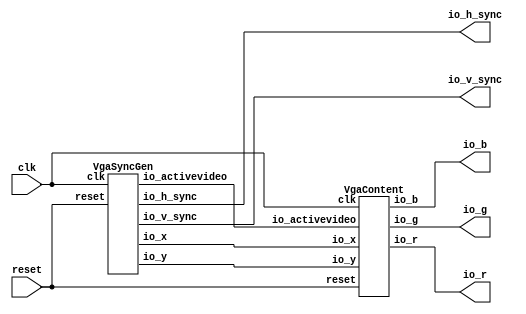
// Generator : SpinalHDL v1.8.0    git head : 4e3563a282582b41f4eaafc503787757251d23ea
// Component : VgaPong
// Git hash  : e4ddad72047e46e39b73fd08bcd7b9421227b2d5

`timescale 1ns/1ps

module VgaPong (
  output              io_h_sync,
  output              io_v_sync,
  output              io_r,
  output              io_g,
  output              io_b,
  input               clk,
  input               reset
);

  wire                vga_sync_gen_io_h_sync;
  wire                vga_sync_gen_io_v_sync;
  wire                vga_sync_gen_io_activevideo;
  wire       [9:0]    vga_sync_gen_io_x;
  wire       [9:0]    vga_sync_gen_io_y;
  wire                vga_content_io_r;
  wire                vga_content_io_g;
  wire                vga_content_io_b;

  VgaSyncGen vga_sync_gen (
    .io_h_sync      (vga_sync_gen_io_h_sync     ), //o
    .io_v_sync      (vga_sync_gen_io_v_sync     ), //o
    .io_activevideo (vga_sync_gen_io_activevideo), //o
    .io_x           (vga_sync_gen_io_x[9:0]     ), //o
    .io_y           (vga_sync_gen_io_y[9:0]     ), //o
    .clk            (clk                        ), //i
    .reset          (reset                      )  //i
  );
  VgaContent vga_content (
    .io_x           (vga_sync_gen_io_x[9:0]     ), //i
    .io_y           (vga_sync_gen_io_y[9:0]     ), //i
    .io_activevideo (vga_sync_gen_io_activevideo), //i
    .io_r           (vga_content_io_r           ), //o
    .io_g           (vga_content_io_g           ), //o
    .io_b           (vga_content_io_b           ), //o
    .clk            (clk                        ), //i
    .reset          (reset                      )  //i
  );
  assign io_h_sync = vga_sync_gen_io_h_sync; // @[VgaPong.scala 20:15]
  assign io_v_sync = vga_sync_gen_io_v_sync; // @[VgaPong.scala 21:15]
  assign io_r = vga_content_io_r; // @[VgaPong.scala 27:10]
  assign io_g = vga_content_io_g; // @[VgaPong.scala 28:10]
  assign io_b = vga_content_io_b; // @[VgaPong.scala 29:10]

endmodule

module VgaContent (
  input      [9:0]    io_x,
  input      [9:0]    io_y,
  input               io_activevideo,
  output reg          io_r,
  output reg          io_g,
  output reg          io_b,
  input               clk,
  input               reset
);

  wire       [5:0]    clock_counters_io_seconds;
  wire       [5:0]    clock_counters_io_minutes;
  wire       [3:0]    clock_counters_io_hours;
  wire                _zz_when_VgaContent_l33;
  wire       [9:0]    _zz_when_VgaContent_l33_1;
  wire       [9:0]    _zz_when_VgaContent_l33_2;
  wire                _zz_when_VgaContent_l33_3;
  wire       [9:0]    _zz_when_VgaContent_l33_4;
  wire       [9:0]    _zz_when_VgaContent_l39;
  wire       [8:0]    _zz_when_VgaContent_l39_1;
  wire       [8:0]    _zz_when_VgaContent_l39_2;
  wire       [9:0]    _zz_when_VgaContent_l45;
  wire       [8:0]    _zz_when_VgaContent_l45_1;
  wire       [8:0]    _zz_when_VgaContent_l45_2;
  wire       [9:0]    _zz_when_VgaContent_l51;
  wire       [8:0]    _zz_when_VgaContent_l51_1;
  wire       [8:0]    _zz_when_VgaContent_l51_2;
  wire                when_VgaContent_l22;
  wire                when_VgaContent_l33;
  wire                when_VgaContent_l39;
  wire                when_VgaContent_l45;
  wire                when_VgaContent_l51;

  assign _zz_when_VgaContent_l39_1 = (9'h1a4 - _zz_when_VgaContent_l39_2);
  assign _zz_when_VgaContent_l39 = {1'd0, _zz_when_VgaContent_l39_1};
  assign _zz_when_VgaContent_l39_2 = (clock_counters_io_seconds * 3'b110);
  assign _zz_when_VgaContent_l45_1 = (9'h1a4 - _zz_when_VgaContent_l45_2);
  assign _zz_when_VgaContent_l45 = {1'd0, _zz_when_VgaContent_l45_1};
  assign _zz_when_VgaContent_l45_2 = (clock_counters_io_minutes * 3'b110);
  assign _zz_when_VgaContent_l51_1 = (9'h1a4 - _zz_when_VgaContent_l51_2);
  assign _zz_when_VgaContent_l51 = {1'd0, _zz_when_VgaContent_l51_1};
  assign _zz_when_VgaContent_l51_2 = (clock_counters_io_hours * 5'h1e);
  assign _zz_when_VgaContent_l33 = (((((((((((io_y == _zz_when_VgaContent_l33_1) || (io_y == _zz_when_VgaContent_l33_2)) || (io_y == 10'h05a)) || (io_y == 10'h078)) || (io_y == 10'h096)) || (io_y == 10'h097)) || (io_y == 10'h0b4)) || (io_y == 10'h0d2)) || (io_y == 10'h0f0)) || (io_y == 10'h0f1)) || (io_y == 10'h10e));
  assign _zz_when_VgaContent_l33_3 = (io_y == 10'h12c);
  assign _zz_when_VgaContent_l33_4 = 10'h14a;
  assign _zz_when_VgaContent_l33_1 = 10'h03c;
  assign _zz_when_VgaContent_l33_2 = 10'h03d;
  ClockCounters clock_counters (
    .io_seconds (clock_counters_io_seconds[5:0]), //o
    .io_minutes (clock_counters_io_minutes[5:0]), //o
    .io_hours   (clock_counters_io_hours[3:0]  ), //o
    .clk        (clk                           ), //i
    .reset      (reset                         )  //i
  );
  assign when_VgaContent_l22 = ((((io_x < 10'h00a) || (10'h275 < io_x)) || (io_y < 10'h00a)) || (10'h1d5 < io_y)); // @[BaseType.scala 305:24]
  always @(*) begin
    if(io_activevideo) begin
      if(when_VgaContent_l22) begin
        io_r = 1'b1; // @[VgaContent.scala 23:18]
      end else begin
        if(when_VgaContent_l33) begin
          io_r = 1'b1; // @[VgaContent.scala 34:18]
        end else begin
          if(when_VgaContent_l39) begin
            io_r = 1'b1; // @[VgaContent.scala 40:18]
          end else begin
            if(when_VgaContent_l45) begin
              io_r = 1'b0; // @[VgaContent.scala 46:18]
            end else begin
              if(when_VgaContent_l51) begin
                io_r = 1'b0; // @[VgaContent.scala 52:18]
              end else begin
                io_r = 1'b0; // @[VgaContent.scala 57:18]
              end
            end
          end
        end
      end
    end else begin
      io_r = 1'b0; // @[VgaContent.scala 62:14]
    end
  end

  always @(*) begin
    if(io_activevideo) begin
      if(when_VgaContent_l22) begin
        io_g = 1'b1; // @[VgaContent.scala 24:18]
      end else begin
        if(when_VgaContent_l33) begin
          io_g = 1'b0; // @[VgaContent.scala 35:18]
        end else begin
          if(when_VgaContent_l39) begin
            io_g = 1'b1; // @[VgaContent.scala 41:18]
          end else begin
            if(when_VgaContent_l45) begin
              io_g = 1'b1; // @[VgaContent.scala 47:18]
            end else begin
              if(when_VgaContent_l51) begin
                io_g = 1'b1; // @[VgaContent.scala 53:18]
              end else begin
                io_g = 1'b0; // @[VgaContent.scala 58:18]
              end
            end
          end
        end
      end
    end else begin
      io_g = 1'b0; // @[VgaContent.scala 63:14]
    end
  end

  always @(*) begin
    if(io_activevideo) begin
      if(when_VgaContent_l22) begin
        io_b = 1'b1; // @[VgaContent.scala 25:18]
      end else begin
        if(when_VgaContent_l33) begin
          io_b = 1'b0; // @[VgaContent.scala 36:18]
        end else begin
          if(when_VgaContent_l39) begin
            io_b = 1'b1; // @[VgaContent.scala 42:18]
          end else begin
            if(when_VgaContent_l45) begin
              io_b = 1'b0; // @[VgaContent.scala 48:18]
            end else begin
              if(when_VgaContent_l51) begin
                io_b = 1'b0; // @[VgaContent.scala 54:18]
              end else begin
                io_b = 1'b0; // @[VgaContent.scala 59:18]
              end
            end
          end
        end
      end
    end else begin
      io_b = 1'b0; // @[VgaContent.scala 64:14]
    end
  end

  assign when_VgaContent_l33 = (((10'h03c <= io_x) && (io_x < 10'h244)) && (((((((_zz_when_VgaContent_l33 || _zz_when_VgaContent_l33_3) || (io_y == _zz_when_VgaContent_l33_4)) || (io_y == 10'h14b)) || (io_y == 10'h168)) || (io_y == 10'h186)) || (io_y == 10'h1a4)) || (io_y == 10'h1a5))); // @[BaseType.scala 305:24]
  assign when_VgaContent_l39 = ((((10'h1a4 <= io_x) && (io_x < 10'h208)) && (io_y <= 10'h1a4)) && (_zz_when_VgaContent_l39 <= io_y)); // @[BaseType.scala 305:24]
  assign when_VgaContent_l45 = ((((10'h10e <= io_x) && (io_x < 10'h172)) && (io_y <= 10'h1a4)) && (_zz_when_VgaContent_l45 <= io_y)); // @[BaseType.scala 305:24]
  assign when_VgaContent_l51 = ((((10'h078 <= io_x) && (io_x < 10'h0dc)) && (io_y <= 10'h1a4)) && (_zz_when_VgaContent_l51 <= io_y)); // @[BaseType.scala 305:24]

endmodule

module VgaSyncGen (
  output reg          io_h_sync,
  output reg          io_v_sync,
  output reg          io_activevideo,
  output reg [9:0]    io_x,
  output reg [9:0]    io_y,
  input               clk,
  input               reset
);

  wire       [9:0]    _zz_h_counter_valueNext;
  wire       [0:0]    _zz_h_counter_valueNext_1;
  wire       [9:0]    _zz_v_counter_valueNext;
  wire       [0:0]    _zz_v_counter_valueNext_1;
  reg                 h_counter_willIncrement;
  wire                h_counter_willClear;
  reg        [9:0]    h_counter_valueNext;
  reg        [9:0]    h_counter_value;
  wire                h_counter_willOverflowIfInc;
  wire                h_counter_willOverflow;
  reg                 v_counter_willIncrement;
  wire                v_counter_willClear;
  reg        [9:0]    v_counter_valueNext;
  reg        [9:0]    v_counter_value;
  wire                v_counter_willOverflowIfInc;
  wire                v_counter_willOverflow;
  wire                when_VgaSyncGen_l29;
  wire                when_VgaSyncGen_l36;
  wire                when_VgaSyncGen_l44;
  function  zz_h_counter_willIncrement(input dummy);
    begin
      zz_h_counter_willIncrement = 1'b0; // @[Utils.scala 536:23]
      zz_h_counter_willIncrement = 1'b1; // @[Utils.scala 540:41]
    end
  endfunction
  wire  _zz_1;

  assign _zz_h_counter_valueNext_1 = h_counter_willIncrement;
  assign _zz_h_counter_valueNext = {9'd0, _zz_h_counter_valueNext_1};
  assign _zz_v_counter_valueNext_1 = v_counter_willIncrement;
  assign _zz_v_counter_valueNext = {9'd0, _zz_v_counter_valueNext_1};
  assign _zz_1 = zz_h_counter_willIncrement(1'b0);
  always @(*) h_counter_willIncrement = _zz_1;
  assign h_counter_willClear = 1'b0; // @[Utils.scala 537:19]
  assign h_counter_willOverflowIfInc = (h_counter_value == 10'h31f); // @[BaseType.scala 305:24]
  assign h_counter_willOverflow = (h_counter_willOverflowIfInc && h_counter_willIncrement); // @[BaseType.scala 305:24]
  always @(*) begin
    if(h_counter_willOverflow) begin
      h_counter_valueNext = 10'h0; // @[Utils.scala 552:17]
    end else begin
      h_counter_valueNext = (h_counter_value + _zz_h_counter_valueNext); // @[Utils.scala 554:17]
    end
    if(h_counter_willClear) begin
      h_counter_valueNext = 10'h0; // @[Utils.scala 558:15]
    end
  end

  always @(*) begin
    v_counter_willIncrement = 1'b0; // @[Utils.scala 536:23]
    if(h_counter_willOverflow) begin
      v_counter_willIncrement = 1'b1; // @[Utils.scala 540:41]
    end
  end

  assign v_counter_willClear = 1'b0; // @[Utils.scala 537:19]
  assign v_counter_willOverflowIfInc = (v_counter_value == 10'h20b); // @[BaseType.scala 305:24]
  assign v_counter_willOverflow = (v_counter_willOverflowIfInc && v_counter_willIncrement); // @[BaseType.scala 305:24]
  always @(*) begin
    if(v_counter_willOverflow) begin
      v_counter_valueNext = 10'h0; // @[Utils.scala 552:17]
    end else begin
      v_counter_valueNext = (v_counter_value + _zz_v_counter_valueNext); // @[Utils.scala 554:17]
    end
    if(v_counter_willClear) begin
      v_counter_valueNext = 10'h0; // @[Utils.scala 558:15]
    end
  end

  assign when_VgaSyncGen_l29 = ((10'h010 <= h_counter_value) && (h_counter_value <= 10'h070)); // @[BaseType.scala 305:24]
  always @(*) begin
    if(when_VgaSyncGen_l29) begin
      io_h_sync = 1'b0; // @[VgaSyncGen.scala 30:19]
    end else begin
      io_h_sync = 1'b1; // @[VgaSyncGen.scala 32:19]
    end
  end

  assign when_VgaSyncGen_l36 = ((10'h00b <= v_counter_value) && (v_counter_value <= 10'h00d)); // @[BaseType.scala 305:24]
  always @(*) begin
    if(when_VgaSyncGen_l36) begin
      io_v_sync = 1'b0; // @[VgaSyncGen.scala 37:19]
    end else begin
      io_v_sync = 1'b1; // @[VgaSyncGen.scala 39:19]
    end
  end

  assign when_VgaSyncGen_l44 = ((10'h0a0 <= h_counter_value) && (10'h02c <= v_counter_value)); // @[BaseType.scala 305:24]
  always @(*) begin
    if(when_VgaSyncGen_l44) begin
      io_activevideo = 1'b1; // @[VgaSyncGen.scala 45:24]
    end else begin
      io_activevideo = 1'b0; // @[VgaSyncGen.scala 49:24]
    end
  end

  always @(*) begin
    if(when_VgaSyncGen_l44) begin
      io_x = (h_counter_value - 10'h0a0); // @[VgaSyncGen.scala 46:14]
    end else begin
      io_x = 10'h0; // @[VgaSyncGen.scala 50:14]
    end
  end

  always @(*) begin
    if(when_VgaSyncGen_l44) begin
      io_y = (v_counter_value - 10'h02c); // @[VgaSyncGen.scala 47:14]
    end else begin
      io_y = 10'h0; // @[VgaSyncGen.scala 51:14]
    end
  end

  always @(posedge clk or posedge reset) begin
    if(reset) begin
      h_counter_value <= 10'h0; // @[Data.scala 400:33]
      v_counter_value <= 10'h0; // @[Data.scala 400:33]
    end else begin
      h_counter_value <= h_counter_valueNext; // @[Reg.scala 39:30]
      v_counter_value <= v_counter_valueNext; // @[Reg.scala 39:30]
    end
  end


endmodule

module ClockCounters (
  output     [5:0]    io_seconds,
  output     [5:0]    io_minutes,
  output     [3:0]    io_hours,
  input               clk,
  input               reset
);

  wire       [24:0]   _zz_c_counter_valueNext;
  wire       [0:0]    _zz_c_counter_valueNext_1;
  wire       [5:0]    _zz_s_counter_valueNext;
  wire       [0:0]    _zz_s_counter_valueNext_1;
  wire       [5:0]    _zz_m_counter_valueNext;
  wire       [0:0]    _zz_m_counter_valueNext_1;
  wire       [3:0]    _zz_h_counter_valueNext;
  wire       [0:0]    _zz_h_counter_valueNext_1;
  reg                 c_counter_willIncrement;
  wire                c_counter_willClear;
  reg        [24:0]   c_counter_valueNext;
  reg        [24:0]   c_counter_value;
  wire                c_counter_willOverflowIfInc;
  wire                c_counter_willOverflow;
  reg                 s_counter_willIncrement;
  wire                s_counter_willClear;
  reg        [5:0]    s_counter_valueNext;
  reg        [5:0]    s_counter_value;
  wire                s_counter_willOverflowIfInc;
  wire                s_counter_willOverflow;
  reg                 m_counter_willIncrement;
  wire                m_counter_willClear;
  reg        [5:0]    m_counter_valueNext;
  reg        [5:0]    m_counter_value;
  wire                m_counter_willOverflowIfInc;
  wire                m_counter_willOverflow;
  reg                 h_counter_willIncrement;
  wire                h_counter_willClear;
  reg        [3:0]    h_counter_valueNext;
  reg        [3:0]    h_counter_value;
  wire                h_counter_willOverflowIfInc;
  wire                h_counter_willOverflow;
  function  zz_c_counter_willIncrement(input dummy);
    begin
      zz_c_counter_willIncrement = 1'b0; // @[Utils.scala 536:23]
      zz_c_counter_willIncrement = 1'b1; // @[Utils.scala 540:41]
    end
  endfunction
  wire  _zz_1;

  assign _zz_c_counter_valueNext_1 = c_counter_willIncrement;
  assign _zz_c_counter_valueNext = {24'd0, _zz_c_counter_valueNext_1};
  assign _zz_s_counter_valueNext_1 = s_counter_willIncrement;
  assign _zz_s_counter_valueNext = {5'd0, _zz_s_counter_valueNext_1};
  assign _zz_m_counter_valueNext_1 = m_counter_willIncrement;
  assign _zz_m_counter_valueNext = {5'd0, _zz_m_counter_valueNext_1};
  assign _zz_h_counter_valueNext_1 = h_counter_willIncrement;
  assign _zz_h_counter_valueNext = {3'd0, _zz_h_counter_valueNext_1};
  assign _zz_1 = zz_c_counter_willIncrement(1'b0);
  always @(*) c_counter_willIncrement = _zz_1;
  assign c_counter_willClear = 1'b0; // @[Utils.scala 537:19]
  assign c_counter_willOverflowIfInc = (c_counter_value == 25'h17d783f); // @[BaseType.scala 305:24]
  assign c_counter_willOverflow = (c_counter_willOverflowIfInc && c_counter_willIncrement); // @[BaseType.scala 305:24]
  always @(*) begin
    if(c_counter_willOverflow) begin
      c_counter_valueNext = 25'h0; // @[Utils.scala 552:17]
    end else begin
      c_counter_valueNext = (c_counter_value + _zz_c_counter_valueNext); // @[Utils.scala 554:17]
    end
    if(c_counter_willClear) begin
      c_counter_valueNext = 25'h0; // @[Utils.scala 558:15]
    end
  end

  always @(*) begin
    s_counter_willIncrement = 1'b0; // @[Utils.scala 536:23]
    if(c_counter_willOverflow) begin
      s_counter_willIncrement = 1'b1; // @[Utils.scala 540:41]
    end
  end

  assign s_counter_willClear = 1'b0; // @[Utils.scala 537:19]
  assign s_counter_willOverflowIfInc = (s_counter_value == 6'h3b); // @[BaseType.scala 305:24]
  assign s_counter_willOverflow = (s_counter_willOverflowIfInc && s_counter_willIncrement); // @[BaseType.scala 305:24]
  always @(*) begin
    if(s_counter_willOverflow) begin
      s_counter_valueNext = 6'h0; // @[Utils.scala 552:17]
    end else begin
      s_counter_valueNext = (s_counter_value + _zz_s_counter_valueNext); // @[Utils.scala 554:17]
    end
    if(s_counter_willClear) begin
      s_counter_valueNext = 6'h0; // @[Utils.scala 558:15]
    end
  end

  always @(*) begin
    m_counter_willIncrement = 1'b0; // @[Utils.scala 536:23]
    if(s_counter_willOverflow) begin
      m_counter_willIncrement = 1'b1; // @[Utils.scala 540:41]
    end
  end

  assign m_counter_willClear = 1'b0; // @[Utils.scala 537:19]
  assign m_counter_willOverflowIfInc = (m_counter_value == 6'h3b); // @[BaseType.scala 305:24]
  assign m_counter_willOverflow = (m_counter_willOverflowIfInc && m_counter_willIncrement); // @[BaseType.scala 305:24]
  always @(*) begin
    if(m_counter_willOverflow) begin
      m_counter_valueNext = 6'h0; // @[Utils.scala 552:17]
    end else begin
      m_counter_valueNext = (m_counter_value + _zz_m_counter_valueNext); // @[Utils.scala 554:17]
    end
    if(m_counter_willClear) begin
      m_counter_valueNext = 6'h0; // @[Utils.scala 558:15]
    end
  end

  always @(*) begin
    h_counter_willIncrement = 1'b0; // @[Utils.scala 536:23]
    if(m_counter_willOverflow) begin
      h_counter_willIncrement = 1'b1; // @[Utils.scala 540:41]
    end
  end

  assign h_counter_willClear = 1'b0; // @[Utils.scala 537:19]
  assign h_counter_willOverflowIfInc = (h_counter_value == 4'b1011); // @[BaseType.scala 305:24]
  assign h_counter_willOverflow = (h_counter_willOverflowIfInc && h_counter_willIncrement); // @[BaseType.scala 305:24]
  always @(*) begin
    if(h_counter_willOverflow) begin
      h_counter_valueNext = 4'b0000; // @[Utils.scala 552:17]
    end else begin
      h_counter_valueNext = (h_counter_value + _zz_h_counter_valueNext); // @[Utils.scala 554:17]
    end
    if(h_counter_willClear) begin
      h_counter_valueNext = 4'b0000; // @[Utils.scala 558:15]
    end
  end

  assign io_seconds = s_counter_value; // @[ClockCounters.scala 33:16]
  assign io_minutes = m_counter_value; // @[ClockCounters.scala 34:16]
  assign io_hours = h_counter_value; // @[ClockCounters.scala 35:16]
  always @(posedge clk or posedge reset) begin
    if(reset) begin
      c_counter_value <= 25'h0; // @[Data.scala 400:33]
      s_counter_value <= 6'h0; // @[Data.scala 400:33]
      m_counter_value <= 6'h0; // @[Data.scala 400:33]
      h_counter_value <= 4'b0000; // @[Data.scala 400:33]
    end else begin
      c_counter_value <= c_counter_valueNext; // @[Reg.scala 39:30]
      s_counter_value <= s_counter_valueNext; // @[Reg.scala 39:30]
      m_counter_value <= m_counter_valueNext; // @[Reg.scala 39:30]
      h_counter_value <= h_counter_valueNext; // @[Reg.scala 39:30]
    end
  end


endmodule